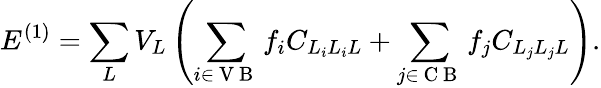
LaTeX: E^{(1)}=\sum_{L}V_{L}\left(\sum_{i\in\mathrm{~V~B~}}f_{i}C_{L_{i}L_{i}L}+\sum_{j\in\mathrm{~C~B~}}f_{j}C_{L_{j}L_{j}L}\right).